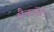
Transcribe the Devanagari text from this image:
मैकाॅलेऽ